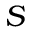
{ \cal S }